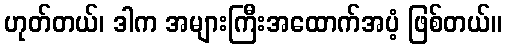
ဟုတ်တယ်၊ ဒါက အများကြီးအထောက်အပံ့ ဖြစ်တယ်။